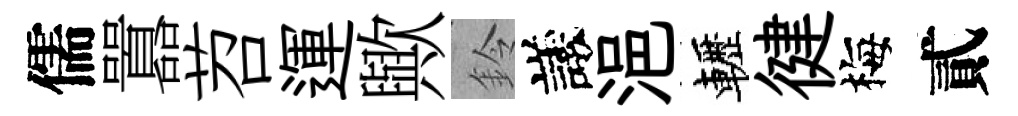
儒囂苕運歟鈴議浥轣徤梅貳